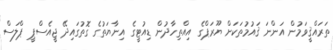
ތަރައްޤީވަމުން އަންނަ ޤައުމުތަކަށް ޔޫރަޕްގެ އިއްތިހާދުން ޑިއުޓީގެ އިނާޔަތުގެ ގޮތުގައިދޭ ޖީއެސްޕީ ޕްލަސް